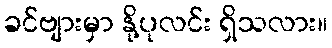
ခင်ဗျားမှာ နို့ပုလင်း ရှိသလား။